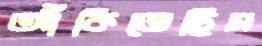
আঁকিতেছিস